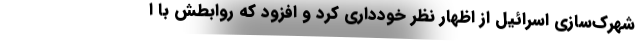
شهرک‌سازی اسرائیل از اظهار نظر خودداری کرد و افزود که روابطش با ا